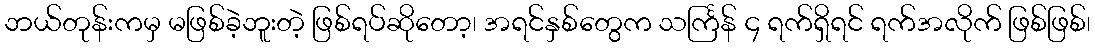
ဘယ်တုန်းကမှ မဖြစ်ခဲ့ဘူးတဲ့ ဖြစ်ရပ်ဆိုတော့၊ အရင်နှစ်တွေက သင်္ကြန် ၄ ရက်ရှိရင် ရက်အလိုက် ဖြစ်ဖြစ်၊